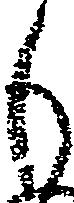
も